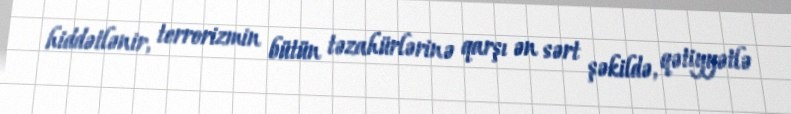
hiddətlənir, terrorizmin bütün təzahürlərinə qarşı ən sərt şəkildə, qətiyyətlə